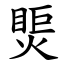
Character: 㷡